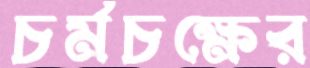
চর্মচক্ষের